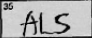
Transcription: ALS